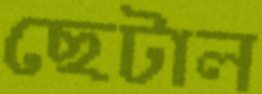
ছেটাল